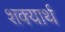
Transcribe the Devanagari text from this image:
शक्यार्थ